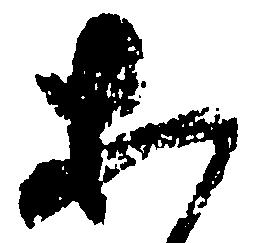
等